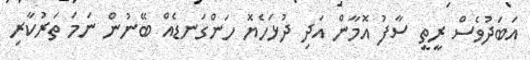
އަބަދުވެސް ރީތީ ސާފު އޮމާން އަދި ދުޅަހެޔޮ ހަންގަނޑެއް ބޭނުން ނަމަ ތަރުކާރި